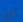
أين